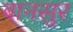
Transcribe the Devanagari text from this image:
बानसुर